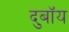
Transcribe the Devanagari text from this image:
दुबॉय